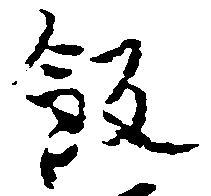
飯